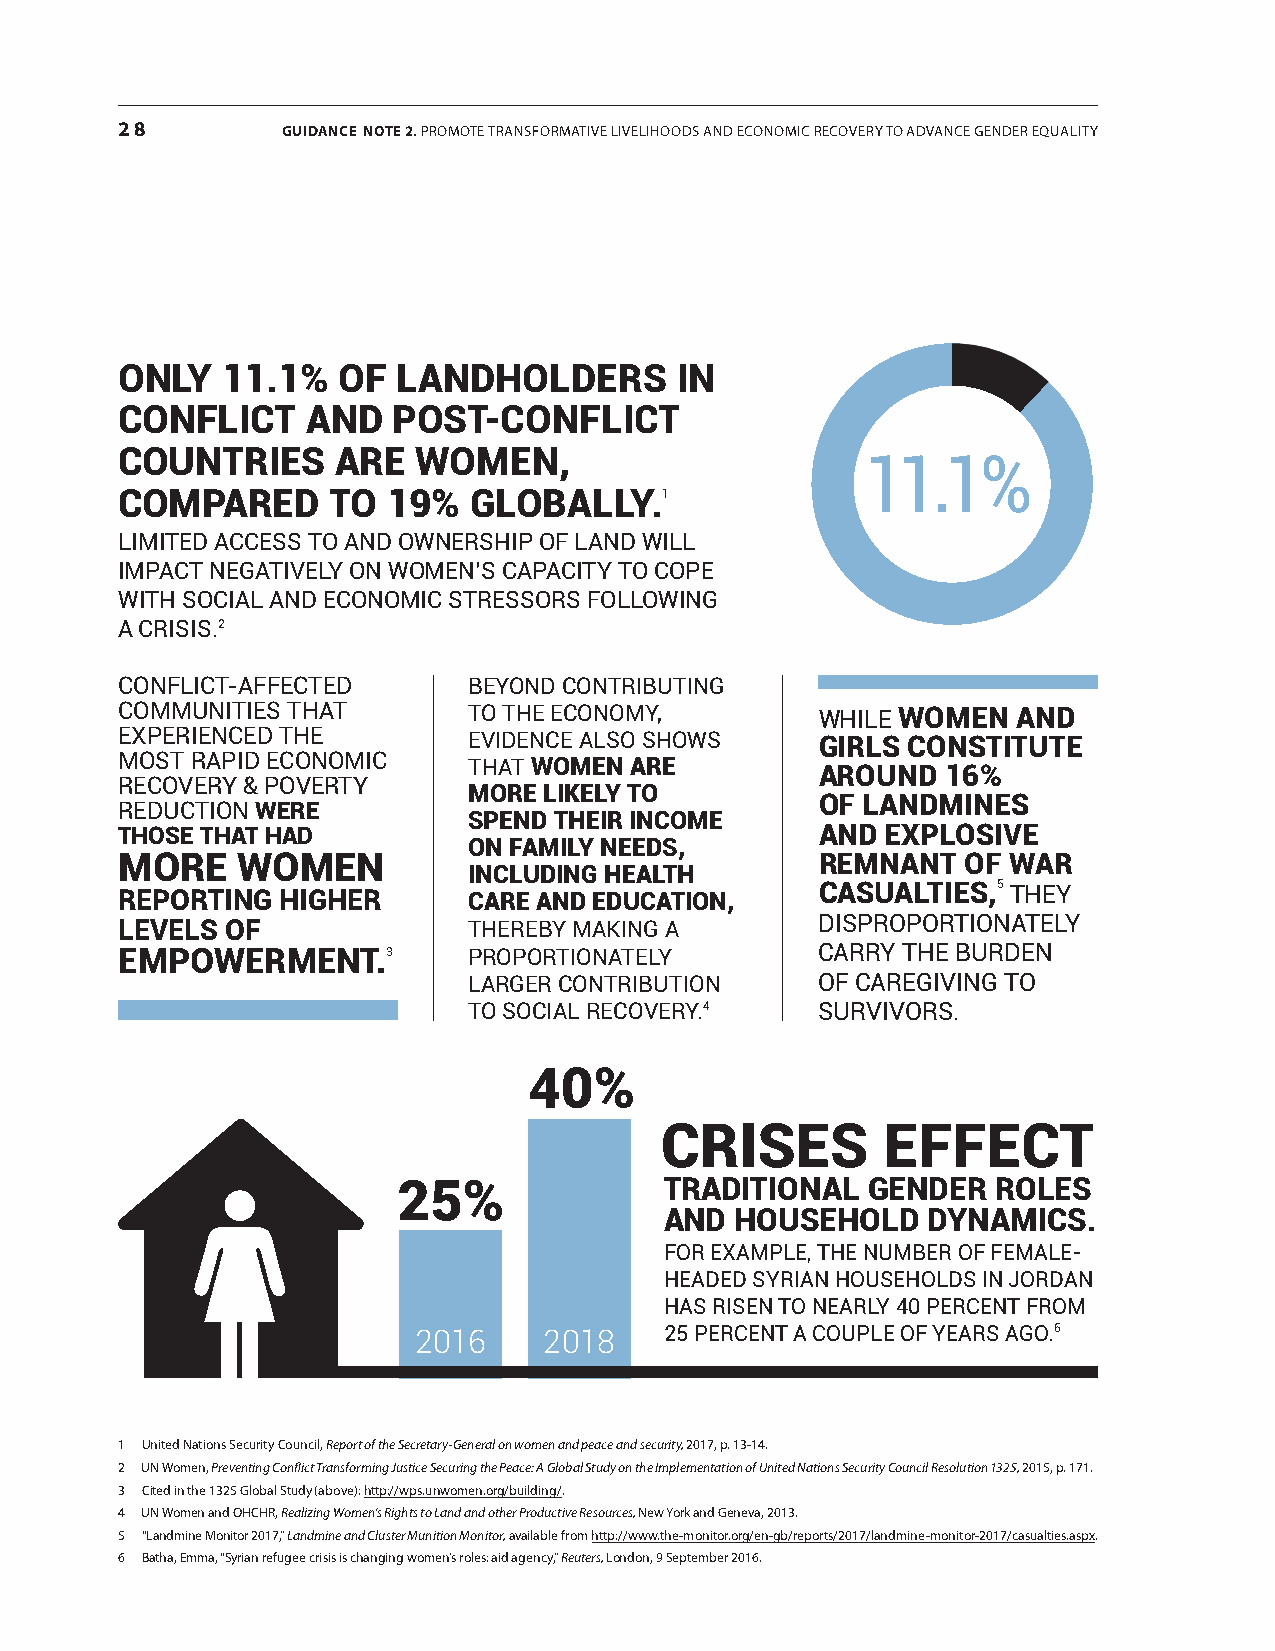
28         GUIDANCE NotE 2. Promote transformative livelihoods and economic recovery to advance gender equality
 only   11.1%  of  landholders        in
 conflict    and   post-conflict
 countries     are   women,
 11.1%
 compared      to  19%  globally.1
 limited access to and oWnership of land Will
 impact negatively on Women’s capacity to cope
 With social and economic stressors folloWing
 a crisis.2
 conflict-affected      beyond contributing
 communities that       to the economy,        While women  and
 experienced the        evidence also shoWs    girls constitute
 most rapid economic    that women are
 around   16%
 recovery & poverty
 more likely to
 of landmines
 reduction were
 spend their income
 those that had                                and  explosive
 on family needs,
 more    women                                 remnant   of war
 including health
 reporting higher       care and education,    casualties,5 they
 levels of              thereby making a       disproportionately
 empowerment.3          proportionately        carry the burden
 larger contribution    of caregiving to
 to social recovery.4   survivors.
 40%
 crises         effect
 25%               traditional   gender  roles
 and  household   dynamics.
 for example, the number of female-
 headed syrian households in Jordan
 has risen to nearly 40 percent from
 2016     2018    25 percent a couple of years ago.6
 1 united nations security council, Report of the Secretary-General on women and peace and security, 2017, p. 13-14.
 2 un Women, Preventing Conflict Transforming Justice Securing the Peace: A Global Study on the Implementation of United Nations Security Council Resolution 1325, 2015, p. 171.
 3 cited in the 1325 global study (above): http://wps.unwomen.org/building/.
 4 un Women and ohchr, Realizing Women’s Rights to Land and other Productive Resources, new york and geneva, 2013.
 5 “landmine monitor 2017,” Landmine and Cluster Munition Monitor, available from http://www.the-monitor.org/en-gb/reports/2017/landmine-monitor-2017/casualties.aspx.
 6 Batha, emma, “syrian refugee crisis is changing women’s roles: aid agency,” Reuters, london, 9 september 2016.